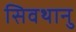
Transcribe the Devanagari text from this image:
सिवथानु